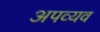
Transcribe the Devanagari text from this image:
अपव्यव